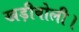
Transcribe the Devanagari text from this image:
खड़ीबोली।